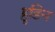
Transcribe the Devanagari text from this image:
हुडिन